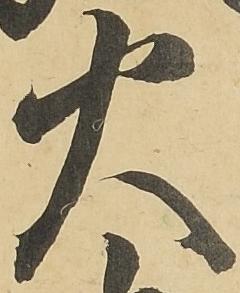
火